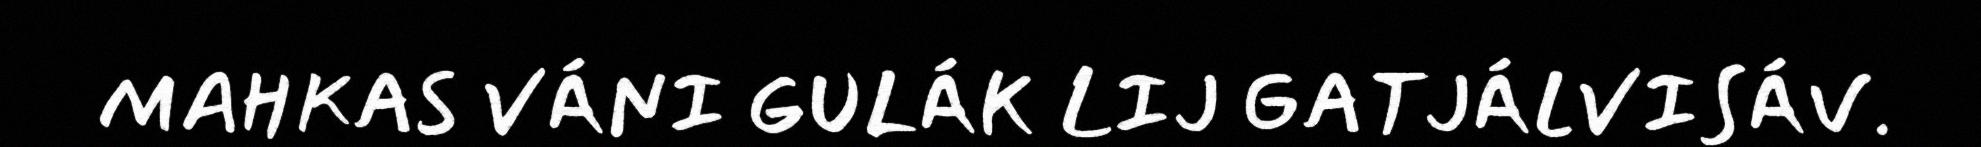
MAHKAS VÁNI GULÁK LIJ GATJÁLVISÁV.